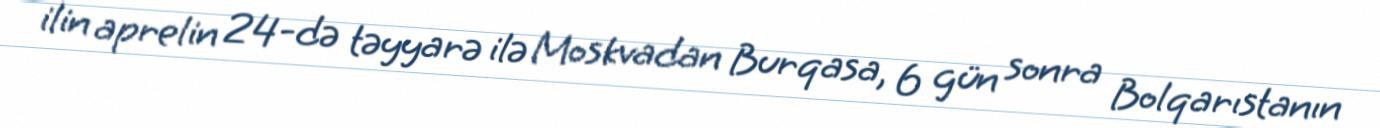
ilin aprelin 24-də təyyarə ilə Moskvadan Burqasa, 6 gün sonra Bolqarıstanın